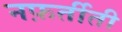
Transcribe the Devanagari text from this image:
नफ़र्तीती